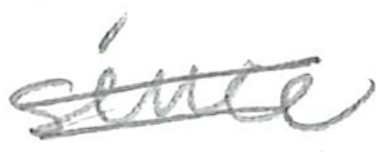
Text: since
Cross-out: double-line
Writing tool: pencil